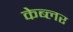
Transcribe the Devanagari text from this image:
केब्लर